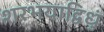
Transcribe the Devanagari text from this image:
शरभयाद्विधुं